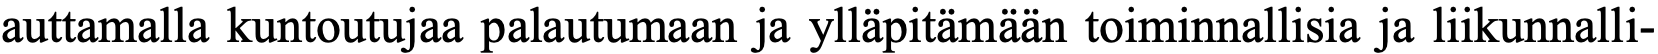
auttamalla kuntoutujaa palautumaan ja ylläpitämään toiminnallisia ja liikunnalli-